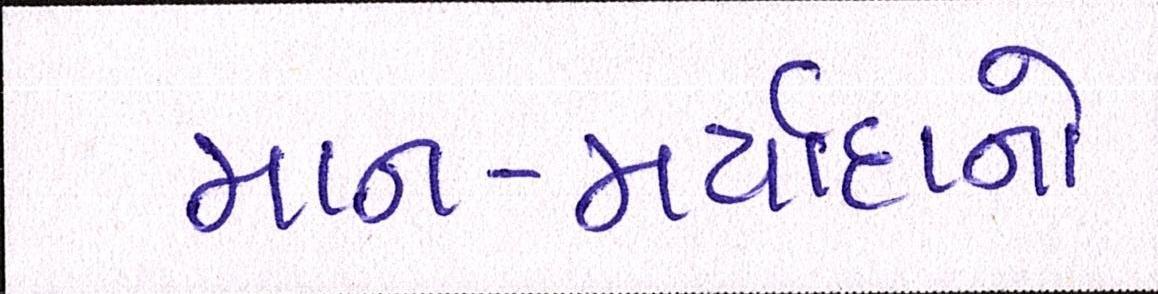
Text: માન-મર્યાદાનો